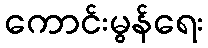
ကောင်းမွန်ရေး